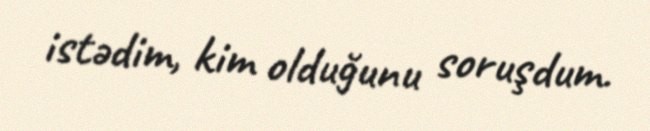
istədim, kim olduğunu soruşdum.